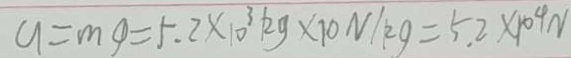
g = m g = 5 . 2 \times 1 0 ^ { 3 } k g \times 1 0 N / k g = 5 . 2 \times 1 0 ^ { 4 } N